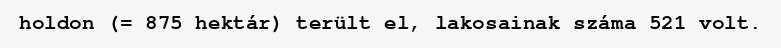
holdon (= 875 hektár) terült el, lakosainak száma 521 volt.